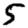
Digit: 5